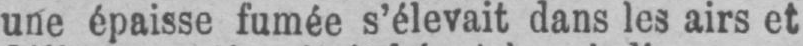
une épaisse fumée s’élevait dans les airs et